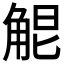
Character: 𧣤